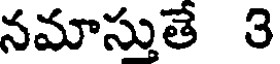
నమాస్తుతే 3